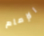
الإمام